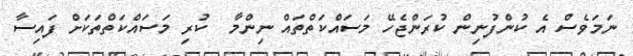
ނަމަވެސް އެ ކުންފުނިން ކުރަންޖެހޭ މަސައްކަތްތައް ނިންމާ  ކުރި މަސައްކަތްތަކަށް ފައިސާ